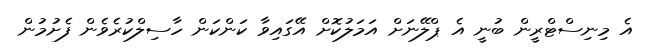
އެ މިނިސްޓްރީން ބުނީ އެ ޕްލޭނަށް އަމަލުކޮށް އޭގައިވާ ކަންކަން ހާސިލްކުރެވެން ފެށުމުން